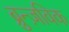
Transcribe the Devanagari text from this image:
ब्रुन्ज़विक